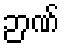
ဉာဏ်